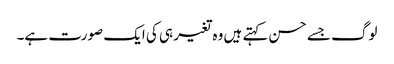
لوگ جسے حسن کہتے ہیں وہ تغیر ہی کی ایک صورت ہے۔